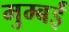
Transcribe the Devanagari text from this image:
मुम्बईं